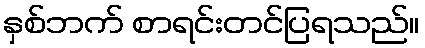
နှစ်ဘက် စာရင်းတင်ပြရသည်။